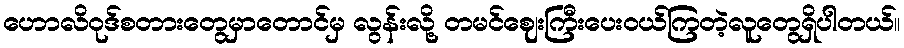
ဟောလိဝုဒ်စတားတွေမှာတောင်မှ လွန်းလို့ တမင်ဈေးကြီးပေးဝယ်ကြတဲ့လူတွေရှိပါတယ်။